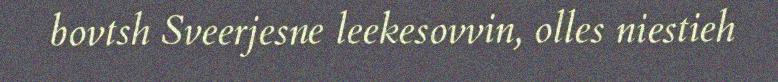
bovtsh Sveerjesne leekesovvin, olles niestieh